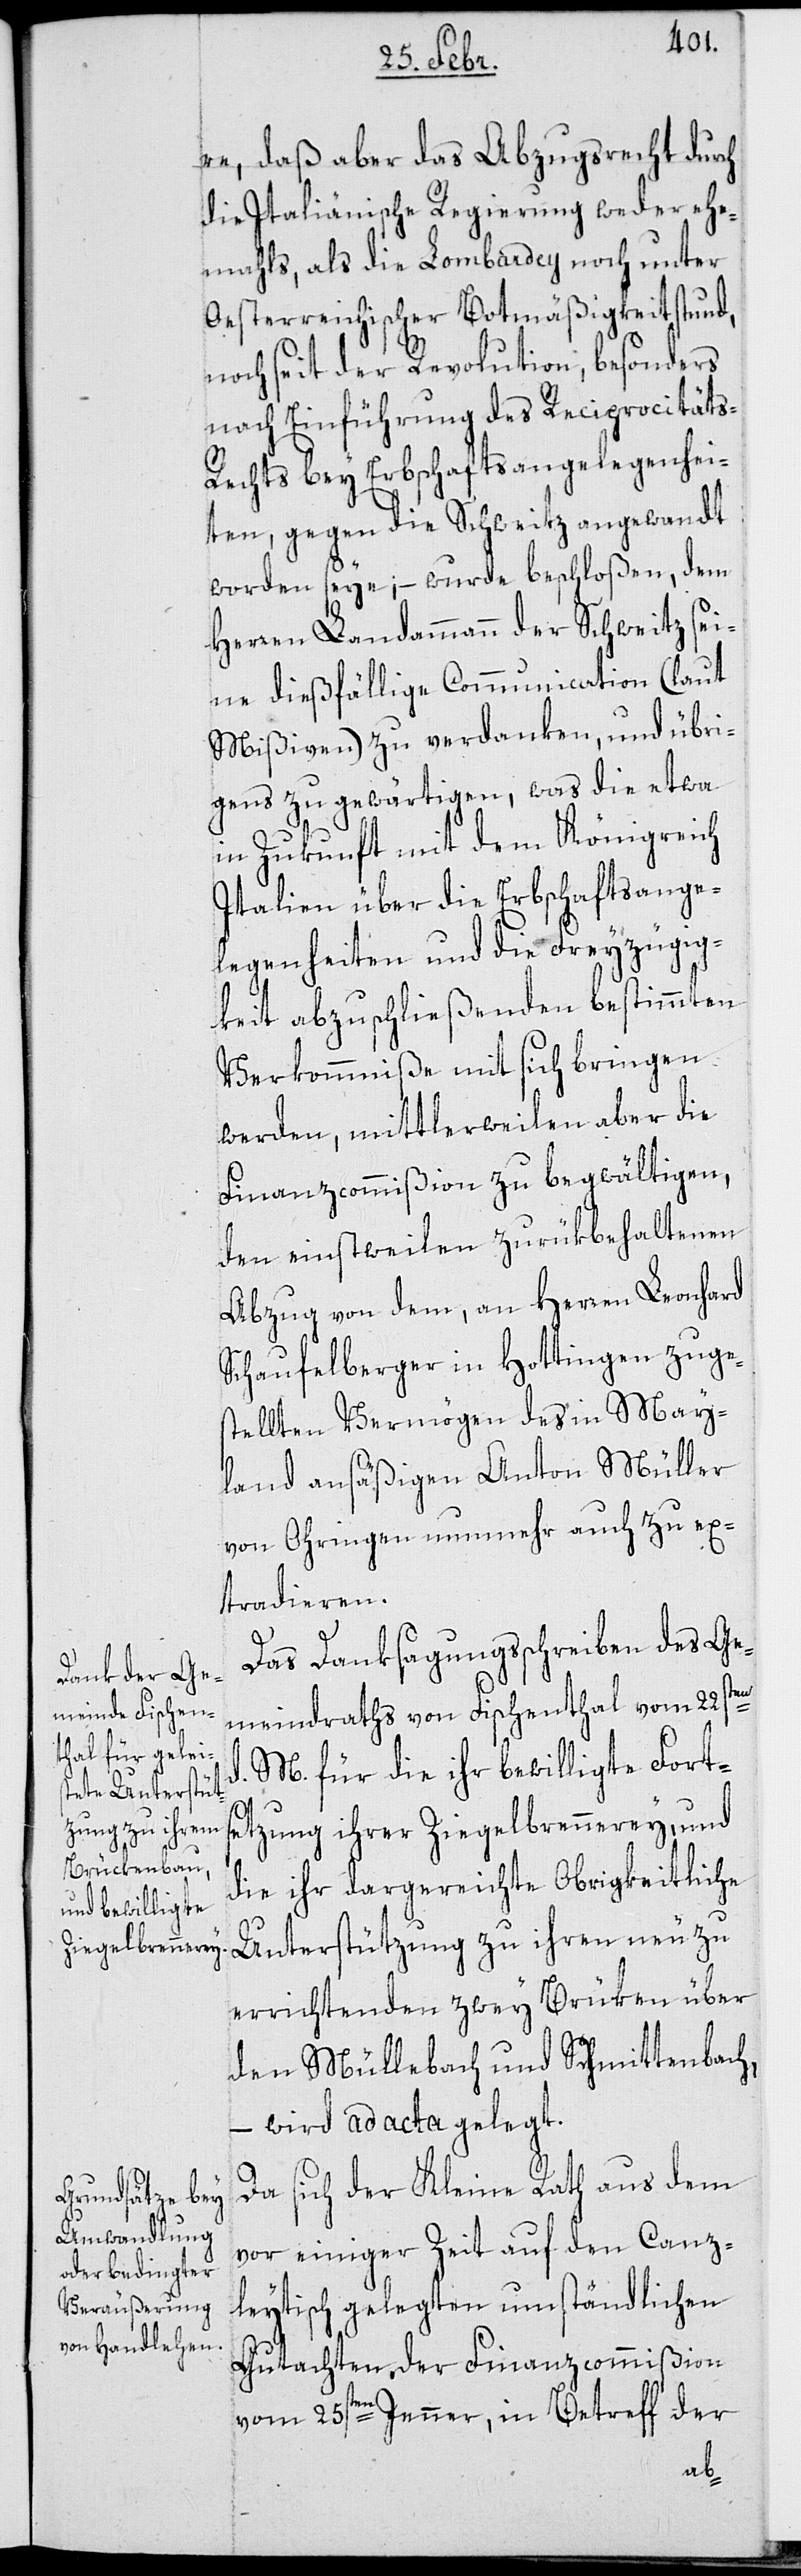
re, daß aber das Abzugsrecht durch
die Italiänische Regierung weder ehe¬
mahls, als die Lombardey noch unter
Oesterreichischer Botmäßigkeit stund,
noch seit der Revolution, besonders
nach Einführung des Reciprocität¬
s-Rechts bey Erbschaftsangelegenhei¬
ten, gegen die Schweitz angewandt
worden seye, – wurde beschloßen, dem
Herren Landammann der Schweitz sei¬
ne dießfällige Communication (laut
Mißiven) zu verdanken, und übri¬
gens zu gewärtigen, was die etwa
in Zukunft mit dem Königreich
Italien über die Erbschaftsange¬
legenheiten und die Freyzügig¬
keit abzuschließenden bestimmten
Verkommniße mit sich bringen
werden, mittlerweilen aber die
Finanzcommißion zu begwältigen,
den einstweilen zurükbehaltenen
Abzug von dem, an Herren Leonhard
Schaufelberger in Hottingen zuge¬
stellten Vermögen des in May¬
land ansäßigen Anton Müller
von Ohringen nunmehr auch zu ex¬
tradieren.
Das Danksagungsschreiben des Ge¬
d.
meindraths von Fischenthal vom 22sten
M. für die ihr bewilligte Forts¬
etzung ihrer Ziegelbrennerey, und
die ihr dargereichte Obrigkeitliche
Unterstützung zu ihren neu zu
errichtenden zwey Brüken über
den Müllebach und Schmittenbach,
wird ad acta gelegt.
Da sich der Kleine Rath aus dem
vor einiger Zeit auf den Canz¬
leytisch gelegten umständlichen
Gutachten, der Finanzcommißion
vom 25sten Jenner, in Betreff der